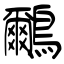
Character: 鸍